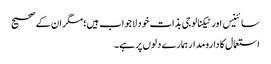
سائینس اور ٹیکنالوجی بذات خود لاجواب ہیں؛ مگر ان کے صحیح
استعمال کا دارومدار ہمارے دلوں پر ہے۔